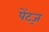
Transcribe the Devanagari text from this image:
पेंट्ज़